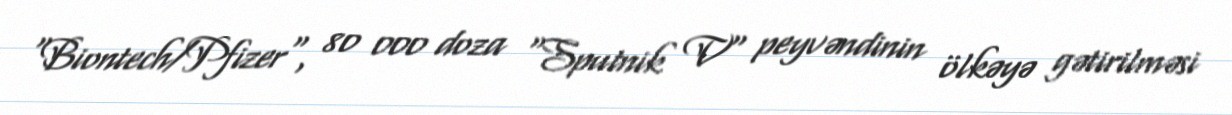
"Biontech/Pfizer", 80 000 doza "Sputnik V" peyvəndinin ölkəyə gətirilməsi